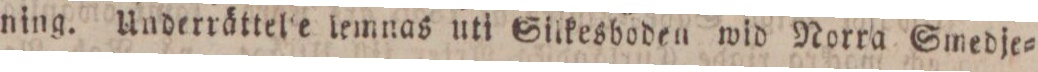
ning. Underrättele lemnas uti Silkesboden wid Norra Smedje=